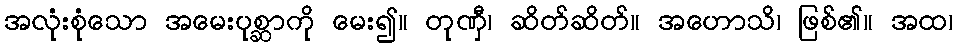
အလုံးစုံသော အမေးပုစ္ဆာကို မေး၍။ တုဏှီ၊ ဆိတ်ဆိတ်။ အဟောသိ၊ ဖြစ်၏။ အထ၊